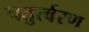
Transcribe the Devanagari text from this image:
चतुर्त्वरण